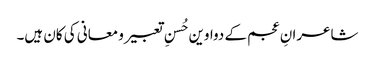
شاعرانِ عجم کے دواوین حُسنِ تعبیر و معانی کی کان ہیں۔